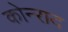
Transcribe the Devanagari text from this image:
कोन्‍राद